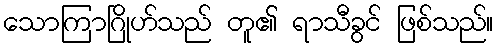
သောကြာဂြိုဟ်သည် တူ၏ ရာသီခွင် ဖြစ်သည်။